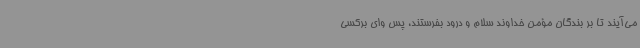
می‌آیند تا بر بندگان مؤمن خداوند سلام و درود بفرستند، پس وای برکسی